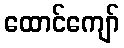
ထောင်ကျော်